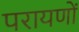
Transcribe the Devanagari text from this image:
परायणों